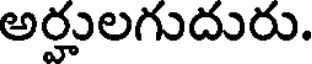
అర్హులగుదురు.